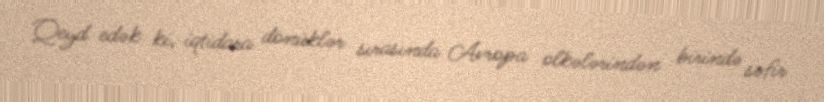
Qeyd edək ki, iqtidara dönüklər sırasında Avropa ölkələrindən birində səfir